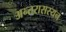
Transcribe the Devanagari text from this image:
अन्तरासस्यन